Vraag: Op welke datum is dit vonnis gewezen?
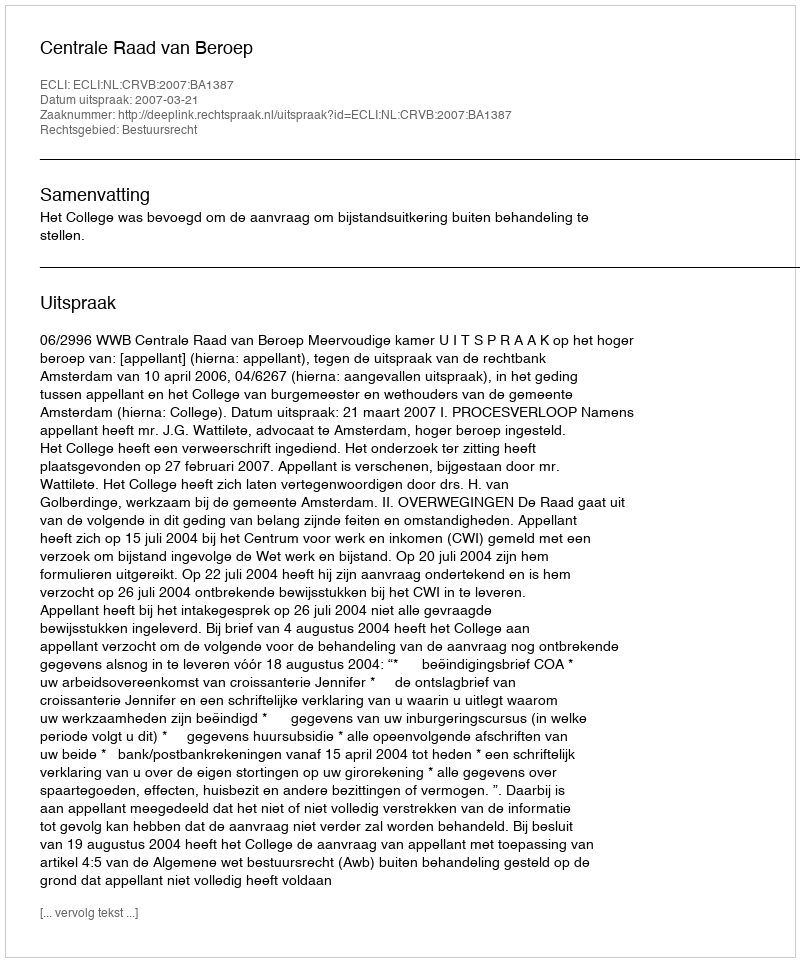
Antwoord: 2007-03-21